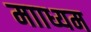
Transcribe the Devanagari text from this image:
मााध्यम